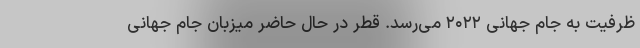
ظرفیت به جام جهانی ۲۰۲۲ می‌رسد. قطر در حال حاضر میزبان جام جهانی